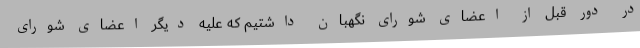
در دور قبل از اعضای شورای نگهبان داشتیم که علیه دیگر اعضای شورای